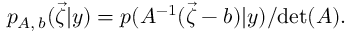
p _ { A , \, b } ( \vec { \zeta } | y ) = p ( A ^ { - 1 } ( \vec { \zeta } - b ) | y ) / \mathrm { d e t } ( A ) .